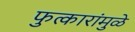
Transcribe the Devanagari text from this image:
फुत्कारांमुळे